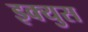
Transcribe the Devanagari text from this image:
इक्युस